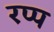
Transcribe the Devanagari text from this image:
रप्प